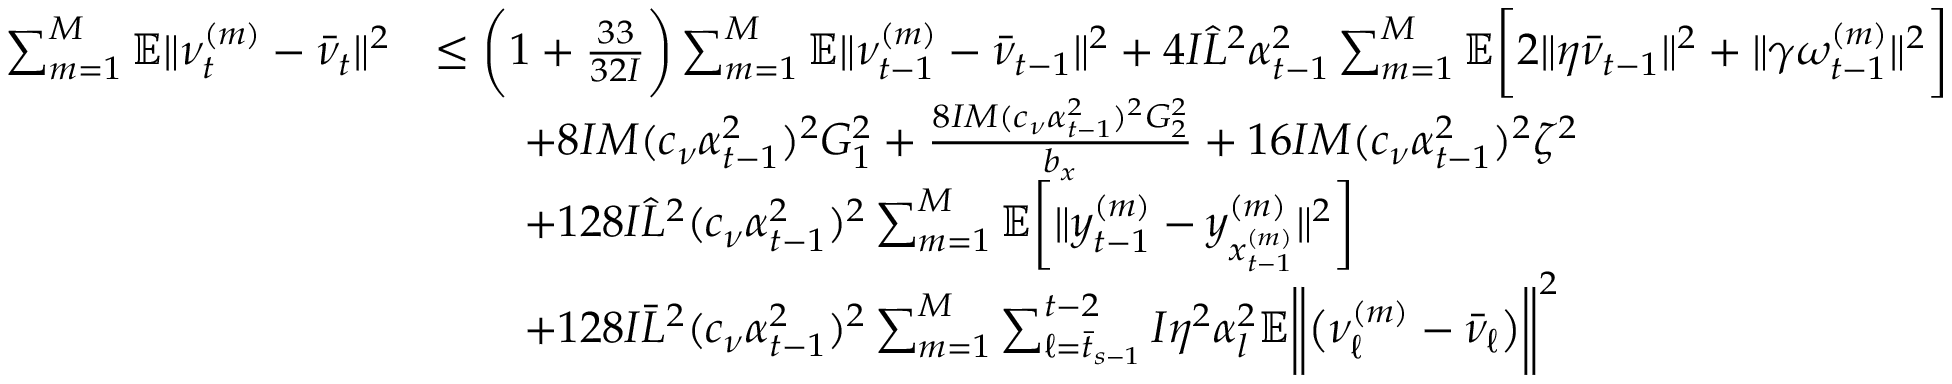
\begin{array} { r l } { \sum _ { m = 1 } ^ { M } \mathbb { E } \| \nu _ { t } ^ { ( m ) } - \bar { \nu } _ { t } \| ^ { 2 } } & { \leq \bigg ( 1 + \frac { 3 3 } { 3 2 I } \bigg ) \sum _ { m = 1 } ^ { M } \mathbb { E } \| \nu _ { t - 1 } ^ { ( m ) } - \bar { \nu } _ { t - 1 } \| ^ { 2 } + 4 I \hat { L } ^ { 2 } \alpha _ { t - 1 } ^ { 2 } \sum _ { m = 1 } ^ { M } \mathbb { E } \bigg [ 2 \| \eta \bar { \nu } _ { t - 1 } \| ^ { 2 } + \| \gamma \omega _ { t - 1 } ^ { ( m ) } \| ^ { 2 } \bigg ] } \\ & { \qquad + 8 I M ( c _ { \nu } \alpha _ { t - 1 } ^ { 2 } ) ^ { 2 } G _ { 1 } ^ { 2 } + \frac { 8 I M ( c _ { \nu } \alpha _ { t - 1 } ^ { 2 } ) ^ { 2 } G _ { 2 } ^ { 2 } } { b _ { x } } + 1 6 I M ( c _ { \nu } \alpha _ { t - 1 } ^ { 2 } ) ^ { 2 } \zeta ^ { 2 } } \\ & { \qquad + 1 2 8 I \hat { L } ^ { 2 } ( c _ { \nu } \alpha _ { t - 1 } ^ { 2 } ) ^ { 2 } \sum _ { m = 1 } ^ { M } \mathbb { E } \bigg [ \| y _ { t - 1 } ^ { ( m ) } - y _ { x _ { t - 1 } ^ { ( m ) } } ^ { ( m ) } \| ^ { 2 } \bigg ] } \\ & { \qquad + 1 2 8 I \bar { L } ^ { 2 } ( c _ { \nu } \alpha _ { t - 1 } ^ { 2 } ) ^ { 2 } \sum _ { m = 1 } ^ { M } \sum _ { \ell = \bar { t } _ { s - 1 } } ^ { t - 2 } I \eta ^ { 2 } \alpha _ { l } ^ { 2 } \mathbb { E } \bigg \| \big ( \nu _ { \ell } ^ { ( m ) } - \bar { \nu } _ { \ell } \big ) \bigg \| ^ { 2 } } \end{array}